Indian journal of veterinary science and animal husbandry - Volume 3,
Year: 1933
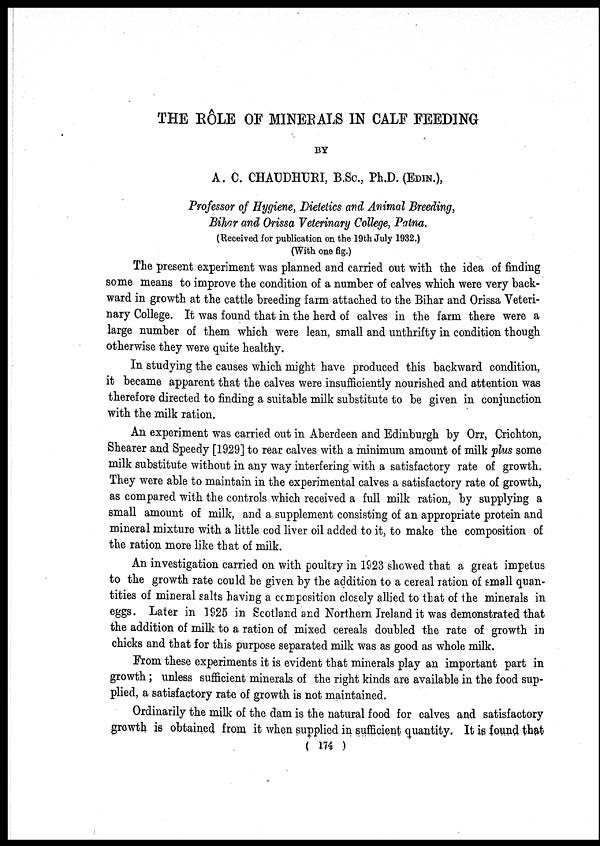
THE RÔLE OF MINERALS IN CALF FEEDING
BY
A. C. CHAUDHURI, B.Sc., Ph.D. (EDIN.),
Professor of Hygiene, Dietetics and Animal Breeding,
Bihar and Orissa Veterinary College, Patna.
(Received for publication on the 19th July 1932.)
(With one fig.)
The present experiment was planned and carried out with the idea of finding
some means to improve the condition of a number of calves which were very back-
ward in growth at the cattle breeding farm attached to the Bihar and Orissa Veteri-
nary College. It was found that in the herd of calves in the farm there were a
large number of them which were lean, small and unthrifty in condition though
otherwise they were quite healthy.
In studying the causes which might have produced this backward condition,
it became apparent that the calves were insufficiently nourished and attention was
therefore directed to finding a suitable milk substitute to be given in conjunction
with the milk ration.
An experiment was carried out in Aberdeen and Edinburgh by Orr, Crichton,
Shearer and Speedy [1929] to rear calves with a minimum amount of milk plus some
milk substitute without in any way interfering with a satisfactory rate of growth.
They were able to maintain in the experimental calves a satisfactory rate of growth,
as compared with the controls which received a full milk ration, by supplying a
small amount of milk, and a supplement consisting of an appropriate protein and
mineral mixture with a little cod liver oil added to it, to make the composition of
the ration more like that of milk.
An investigation carried on with poultry in 1923 showed that a great impetus
to the growth rate could be given by the addition to a cereal ration of small quan-
tities of mineral salts having a composition closely allied to that of the minerals in
eggs. Later in 1925 in Scotland and Northern Ireland it was demonstrated that
the addition of milk to a ration of mixed cereals doubled the rate of growth in
chicks and that for this purpose separated milk was as good as whole milk.
From these experiments it is evident that minerals play an important part in
growth ; unless sufficient minerals of the right kinds are available in the food sup-
plied, a satisfactory rate of growth is not maintained.
Ordinarily the milk of the dam is the natural food for calves and satisfactory
growth is obtained from it when supplied in sufficient quantity. It is found that
( 174 )